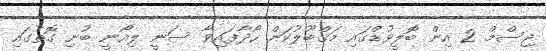
ޖިސްމް 2 އިން ބޮލީވުޑްގައި މަޤްބޫލުކަން ހޯދާފައިވާ ސަނީ ލިއޯނީ ބުނި ގޮތުގައި